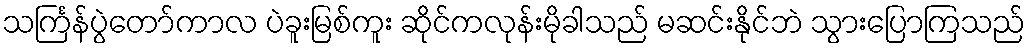
သင်္ကြန်ပွဲတော်ကာလ ပဲခူးမြစ်ကူး ဆိုင်ကလုန်းမိုခါသည် မဆင်းနိုင်ဘဲ သွားပြောကြသည်